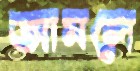
আমলে